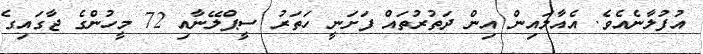
އުފުލާނެއެވެ. އެއާލައިން އިން ދަތުރުތައް ފަށަނީ ހަތަރު ސީޕްލޭނާއި 72 މީހުންގެ ޖާގައިގެ